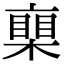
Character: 𣚏